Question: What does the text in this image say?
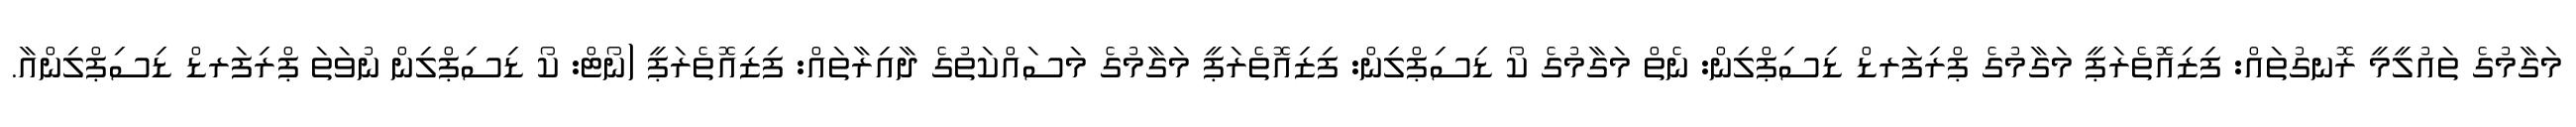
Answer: މަގާމުގެ ތައުލީމީ ރޮނގުތައް: ފިޒިއޮތެރަޕީ މަގާމުގެ ޕްރިފަރޑް ޑިސިޕްލިން: ނެތް މަގާމުގެ ކޯ ޑިސިޕްލިން: ފިޒިއޮތެރަޕީ މަގާމުގެ މަސައްކަތުގެ ދާއިރާތައް: ފިޒިއޮތެރަޕީ (ނޯޓް: ކޯ ޑިސިޕްލިން ނުވަތަ ޕްރިފަރޑް ޑިސިޕްލިންއާ.